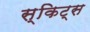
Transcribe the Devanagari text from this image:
स्किट्स